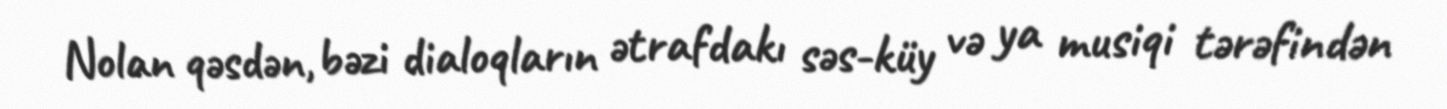
Nolan qəsdən, bəzi dialoqların ətrafdakı səs-küy və ya musiqi tərəfindən